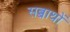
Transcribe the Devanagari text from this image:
सब्बाथों